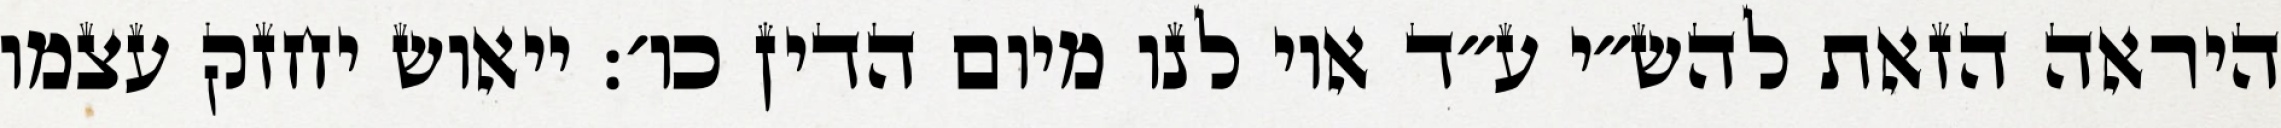
היראה הזאת להש״י ע״ד אוי לנו מיום הדין כו׳: ייאוש יחזק עצמו